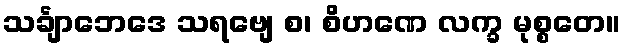
သင်္ချာဘေဒေ သရဗျေ စ၊ စိဟဏေ လက္ခ မုစ္စတေ။